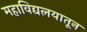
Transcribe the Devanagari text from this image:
महाविद्यलयातून